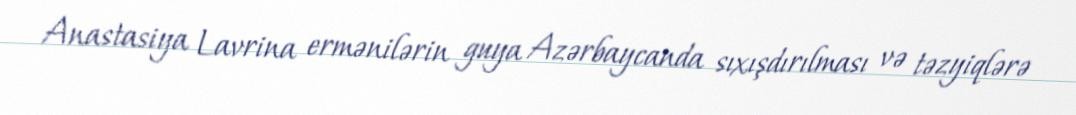
Anastasiya Lavrina ermənilərin guya Azərbaycanda sıxışdırılması və təzyiqlərə